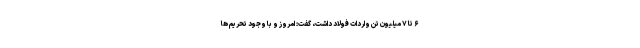
۶ تا ۷ میلیون تن واردات فولاد داشت، گفت: امروز و با وجود تحریم ها